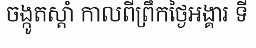
ចង្កូតស្តាំ កាលពីព្រឹកថ្ងៃអង្គារ ទី